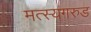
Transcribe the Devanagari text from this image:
मत्स्यगरुड